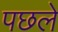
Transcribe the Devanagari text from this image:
पछले